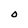
Character: O